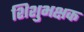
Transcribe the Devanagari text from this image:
शिशुभक्षक